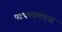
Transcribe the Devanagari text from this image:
पटकावणार्‍या